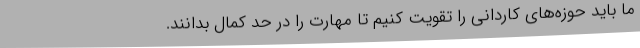
ما باید حوزه‌های کاردانی را تقویت کنیم تا مهارت را در حد کمال بدانند.